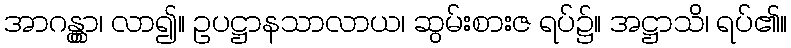
အာဂန္တွာ၊ လာ၍။ ဥပဋ္ဌာနသာလာယ၊ ဆွမ်းစားဇ ရပ်၌။ အဋ္ဌာသိ၊ ရပ်၏။